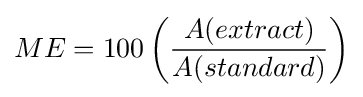
ME=100\left({\frac {A(extract)}{A(standard)}}\right)